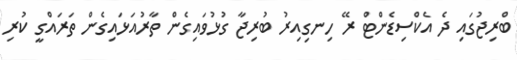
ބްރިޖުގައި ދެ އެކްސިޑެންްޓް ރޭ ހިނގިއިރު ބުރިޖާ ގުޅުވައިގެން ތާރުއަޅައިގެން ތަރައްގީ ކުރި